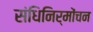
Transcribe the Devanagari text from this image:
संधिनिर्मोंचन